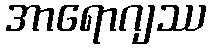
အာရောဂျဿ